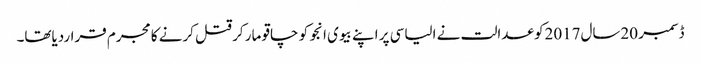
ڈسمبر 20سال2017کو عدالت نے الیاسی پر اپنے بیوی انجو کو چاقو مار کر قتل کرنے کا مجرم قراردیاتھا۔